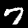
Digit: 7